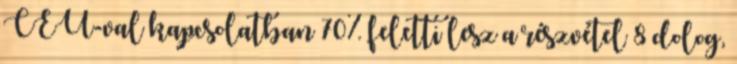
CEU-val kapcsolatban 70% feletti lesz a részvétel 8 dolog,